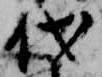
代